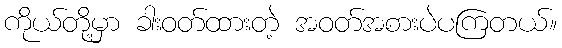
ကိုယ်တို့မှာ ခါးဝတ်ထားတဲ့ အဝတ်အစားပဲပကြတယ်။